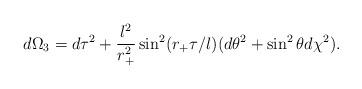
LaTeX: \begin{align*} d\Omega_3=d\tau^2 +\frac{l^2}{r_+^2}\sin^2(r_+\tau/l)(d\theta^2+\sin^2\theta d\chi^2).\end{align*}